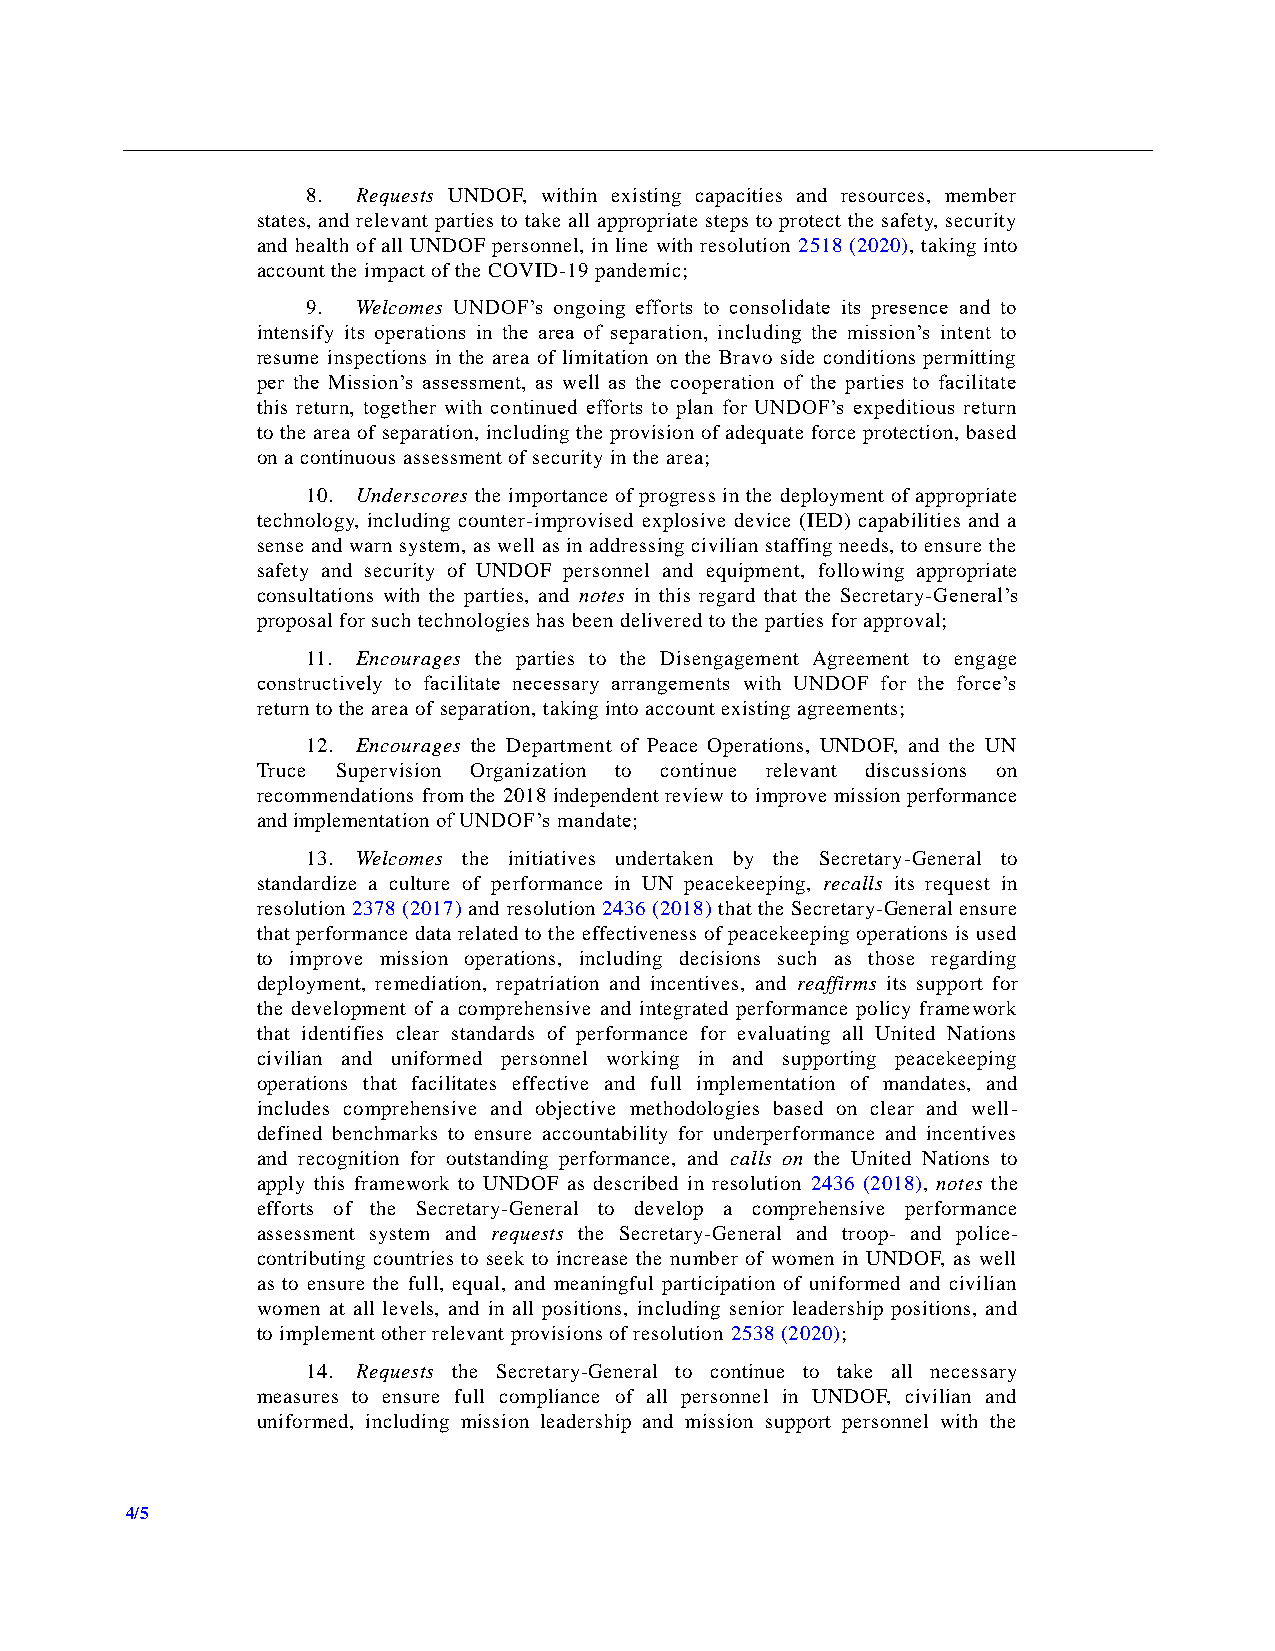
8.  Requests UNDOF, within existing capacities and resources, member
 states, and relevant parties to take all appropriate steps to protect the safety, security
 and health of all UNDOF personnel, in line with resolution 2518 (2020), taking into
 account the impact of the COVID-19 pandemic;
 9.  Welcomes UNDOF’s ongoing efforts to consolidate its presence and to
 intensify its operations in the area of separation, including the mission’s intent to
 resume inspections in the area of limitation on the Bravo side conditions permitting
 per the Mission’s assessment, as well as the cooperation of the parties to facilitate
 this return, together with continued efforts to plan for UNDOF’s expeditious return
 to the area of separation, including the provision of adequate force protection, based
 on a continuous assessment of security in the area;
 10. Underscores the importance of progress in the deployment of appropriate
 technology, including counter-improvised explosive device (IED) capabilities and a
 sense and warn system, as well as in addressing civilian staffing needs, to ensure the
 safety and security of UNDOF personnel and equipment, following appropriate
 consultations with the parties, and notes in this regard that the Secretary-General’s
 proposal for such technologies has been delivered to the parties for approval;
 11. Encourages the parties to the Disengagement Agreement to engage
 constructively to facilitate necessary arrangements with UNDOF for the force’s
 return to the area of separation, taking into account existing agreements;
 12. Encourages the Department of Peace Operations, UNDOF, and the UN
 Truce Supervision Organization to continue relevant discussions on
 recommendations from the 2018 independent review to improve mission performance
 and implementation of UNDOF’s mandate;
 13. Welcomes the initiatives undertaken by the Secretary-General to
 standardize a culture of performance in UN peacekeeping, recalls its request in
 resolution 2378 (2017) and resolution 2436 (2018) that the Secretary-General ensure
 that performance data related to the effectiveness of peacekeeping operations is used
 to improve mission operations, including decisions such as those regarding
 deployment, remediation, repatriation and incentives, and reaffirms its support for
 the development of a comprehensive and integrated performance policy framework
 that identifies clear standards of performance for evaluating all United Nations
 civilian and uniformed personnel working in and supporting peacekeeping
 operations that facilitates effective and full implementation of mandates, and
 includes comprehensive and objective methodologies based on clear and well-
 defined benchmarks to ensure accountability for underperformance and incentives
 and recognition for outstanding performance, and calls on the United Nations to
 apply this framework to UNDOF as described in resolution 2436 (2018), notes the
 efforts of the Secretary-General to develop a comprehensive performance
 assessment system and requests the Secretary-General and troop- and police-
 contributing countries to seek to increase the number of women in UNDOF, as well
 as to ensure the full, equal, and meaningful participation of uniformed and civilian
 women at all levels, and in all positions, including senior leadership positions, and
 to implement other relevant provisions of resolution 2538 (2020);
 14. Requests the Secretary-General to continue to take all necessary
 measures to ensure full compliance of all personnel in UNDOF, civilian and
 uniformed, including mission leadership and mission support personnel with the
 4/5